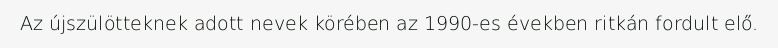
Az újszülötteknek adott nevek körében az 1990-es években ritkán fordult elő.